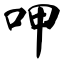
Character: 呷